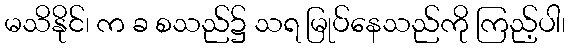
မသိနိုင်၊ က ခ စသည်၌ သရ မြုပ်နေသည်ကို ကြည့်ပါ၊